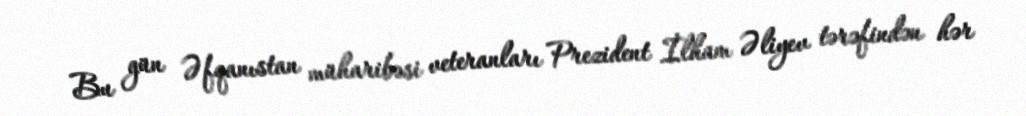
Bu gün Əfqanıstan müharibəsi veteranları Prezident İlham Əliyev tərəfindən hər